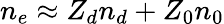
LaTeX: n_{e}\approx Z_{d}n_{d}+Z_{0}n_{0}